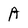
Character: A